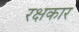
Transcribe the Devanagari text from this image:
रक्षकार